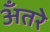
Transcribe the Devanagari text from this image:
अँतरे